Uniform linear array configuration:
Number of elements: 64
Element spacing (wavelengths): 0.75
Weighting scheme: exponential
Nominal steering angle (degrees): -60
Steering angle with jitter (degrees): -60.893
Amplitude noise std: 0.05
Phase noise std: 0.05

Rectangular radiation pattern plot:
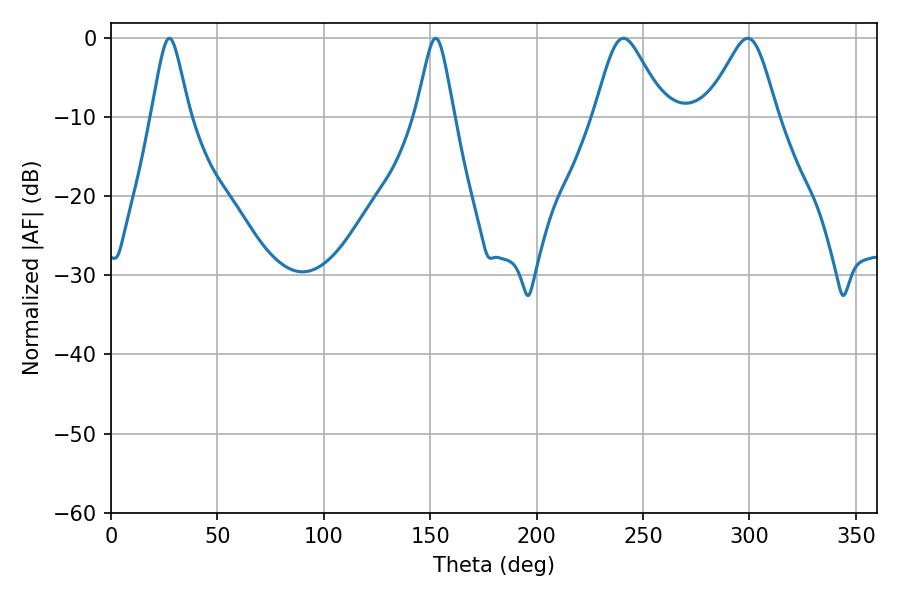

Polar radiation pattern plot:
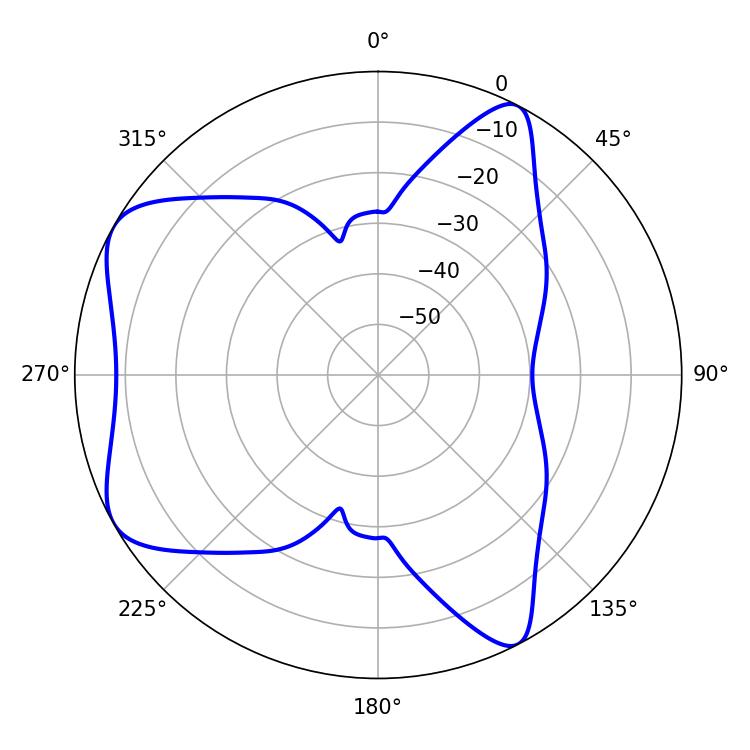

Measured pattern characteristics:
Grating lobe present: TRUE
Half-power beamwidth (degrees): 16.2
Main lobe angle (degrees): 240.84